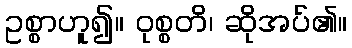
ဥစ္စာဟူ၍။ ဝုစ္စတိ၊ ဆိုအပ်၏။